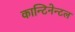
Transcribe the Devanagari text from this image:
कान्टिनेन्टल